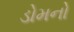
ડોમનો